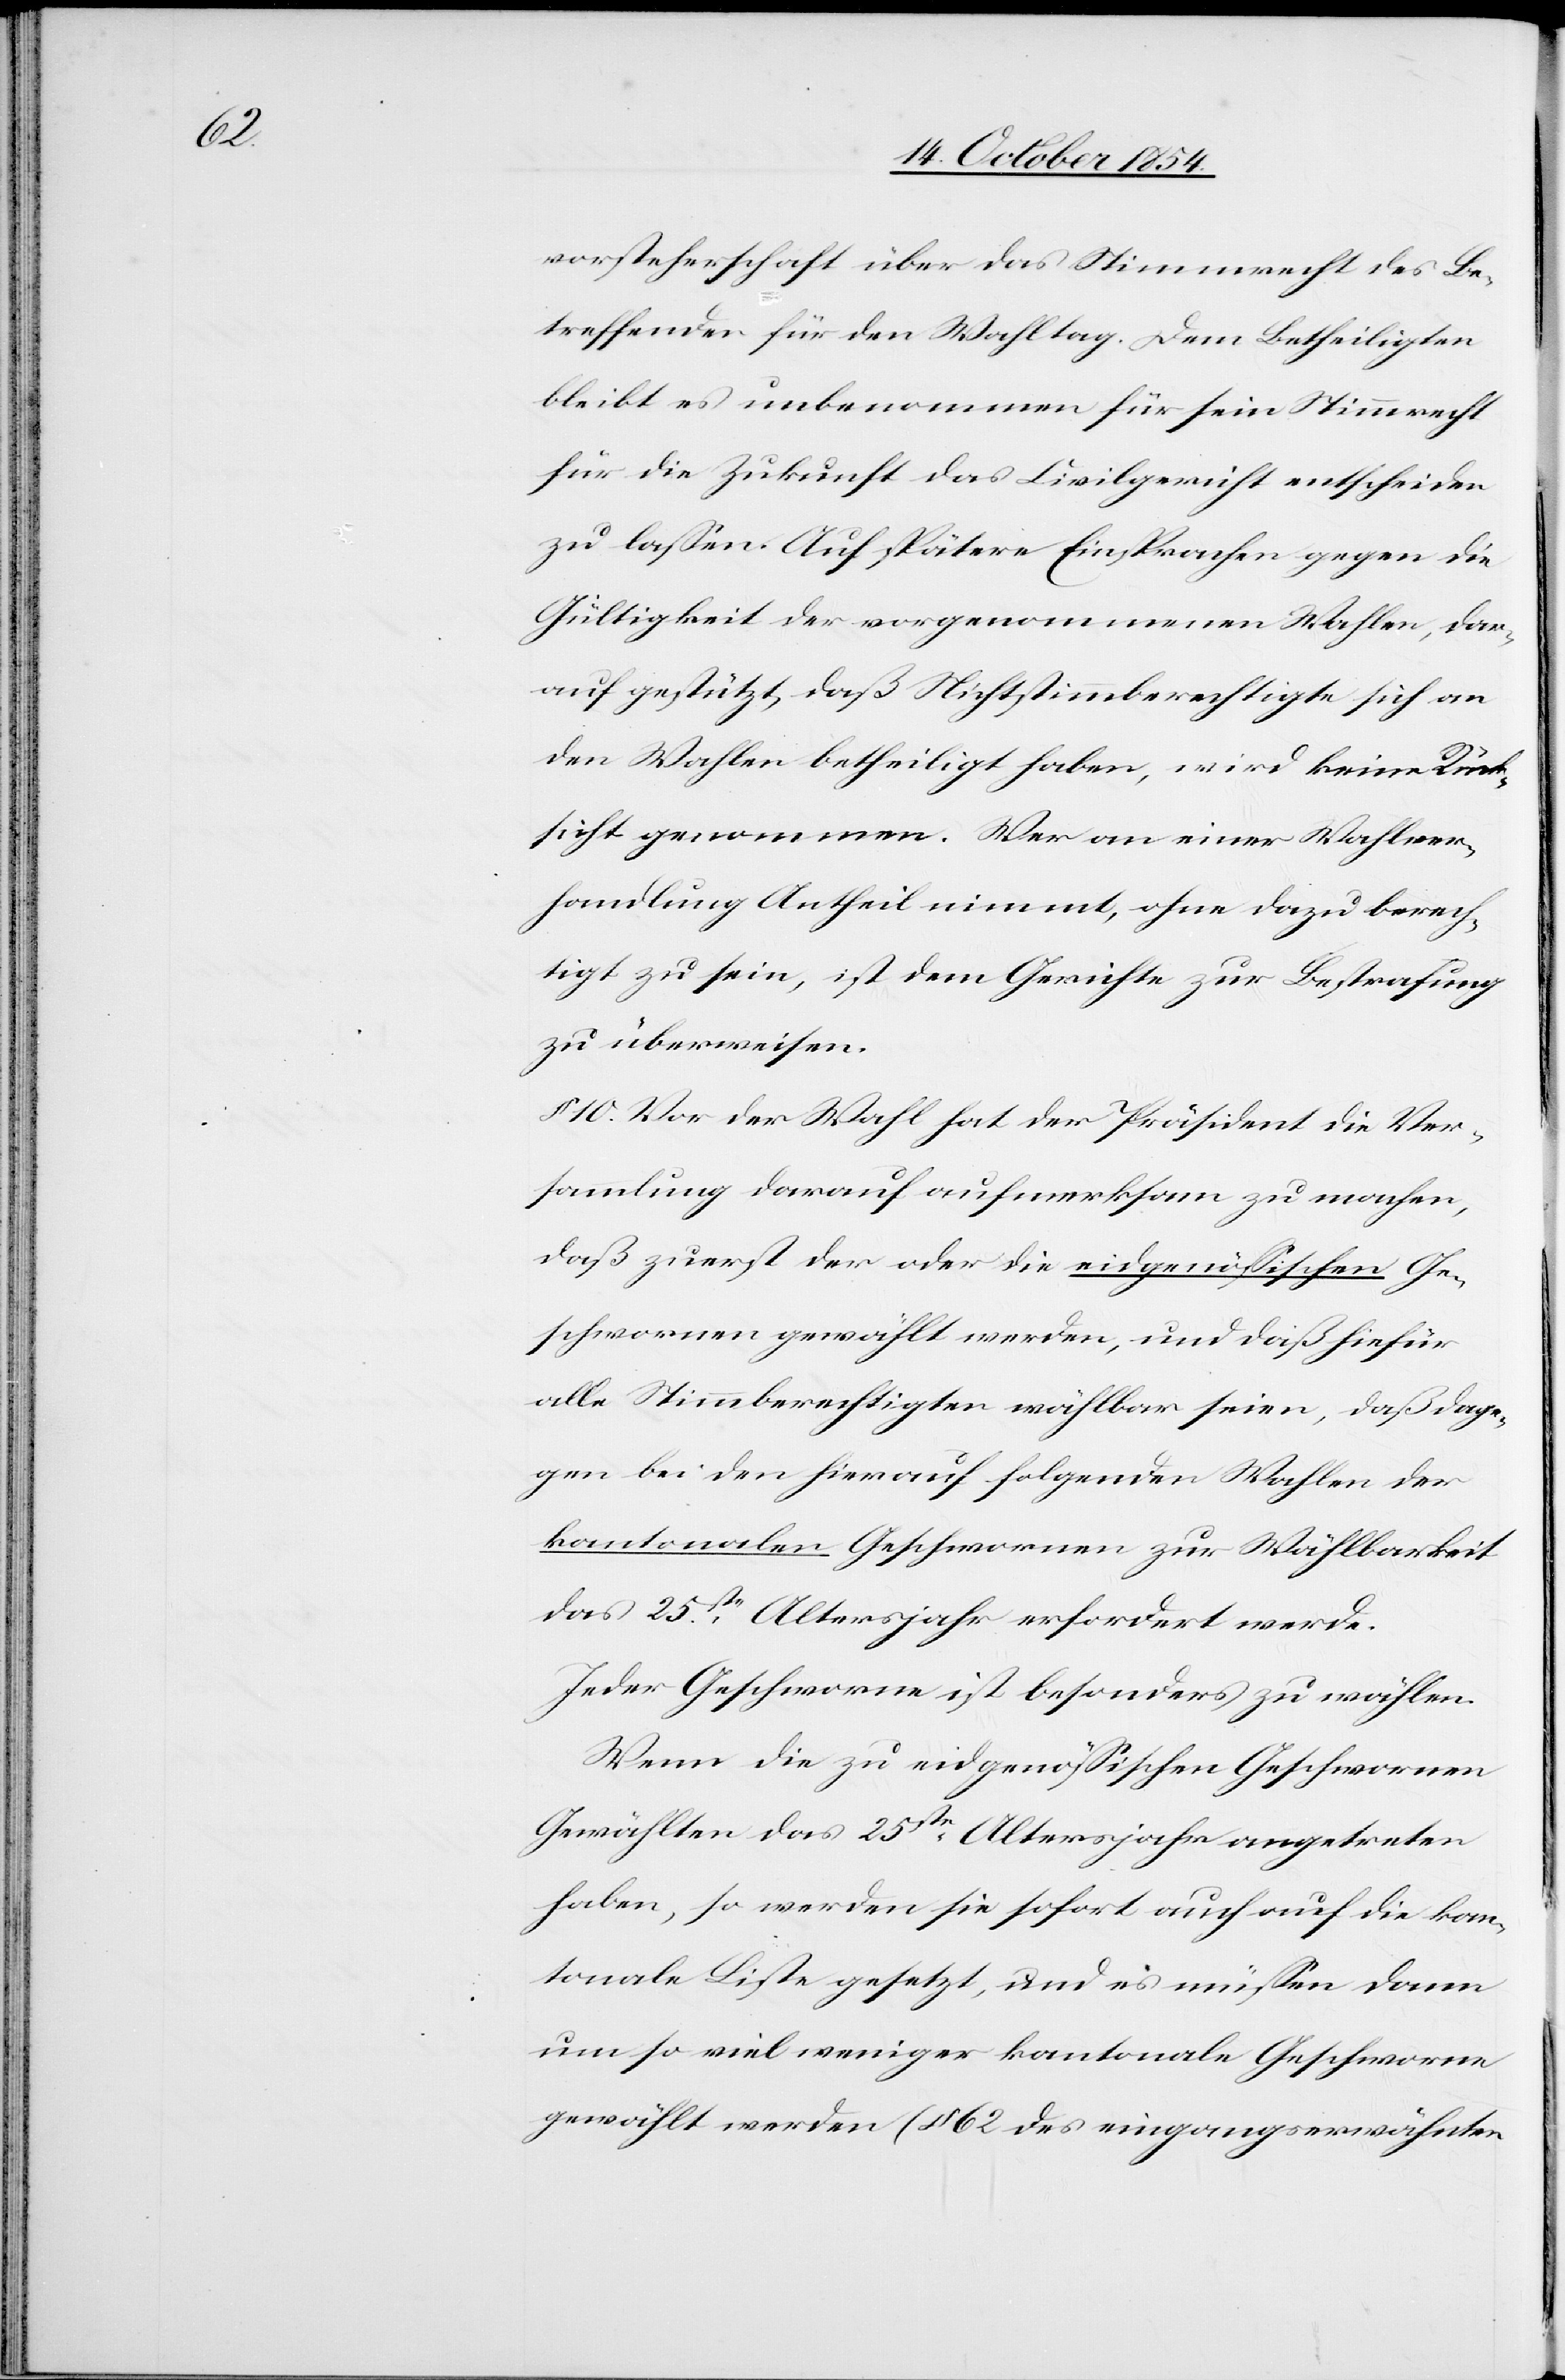
vorsteherschaft über das Stimmrecht des Be¬
treffenden für den Wahltag. Dem Betheiligten
bleibt es unbenommen für sein Stimmrecht
für die Zukunft das Civilgericht entscheiden
zu laßen. Auf spätere Einsprachen gegen die
Gültigkeit der vorgenommenen Wahlen, dar¬
auf gestützt, daß Nichtstimmberechtigte sich an
den Wahlen betheiligt haben, wird keine Rück¬
sicht genommen. Wer an einer Wahlver¬
handlung Antheil nimmt, ohne dazu berech¬
tigt zu sein, ist dem Gerichte zur Bestrafung
zu überweisen.
10. Vor der Wahl hat der Präsident die Ver¬
sammlung darauf aufmerksam zu machen,
daß zuerst der oder die eigenößischen Ge¬
schwornen gewählt werden, und daß hiefür
alle Stimmberechtigten wählbar seien, daß dage¬
gen bei den hierauf folgenden Wahlen der
kantonale Geschwornen zur Wählbarkeit
das 25ste Altersjahr erfordert werde.
Jeder Geschworne ist besonders zu wählen.
Wenn die zu eidgenößischen Geschwornen
Gewählten das 25ste Altersjahr angetreten
haben, so werden sie sofort auch auf die kan¬
tonale Liste gesetzt, und es müßen dann
um so viel weniger kantonale Geschworne
gewählt werden (§ 62 des eingangserwähnten